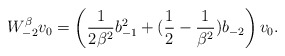
\begin{align*}W_{-2}^\beta v_0 = \left(\frac{1}{2\beta^2} b_{-1}^2 + (\frac{1}{2} - \frac{1}{\beta^2}) b_{-2}\right) v_0.\end{align*}